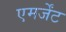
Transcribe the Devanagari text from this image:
एमर्जेंट